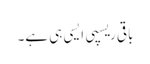
باقی ریسپی ایسی ہی ہے۔